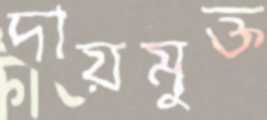
দায়মুক্ত